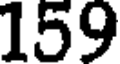
159